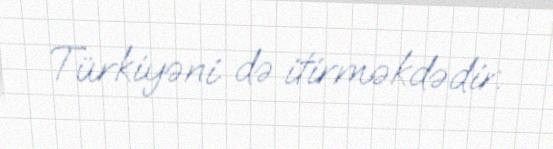
Türkiyəni də itirməkdədir.